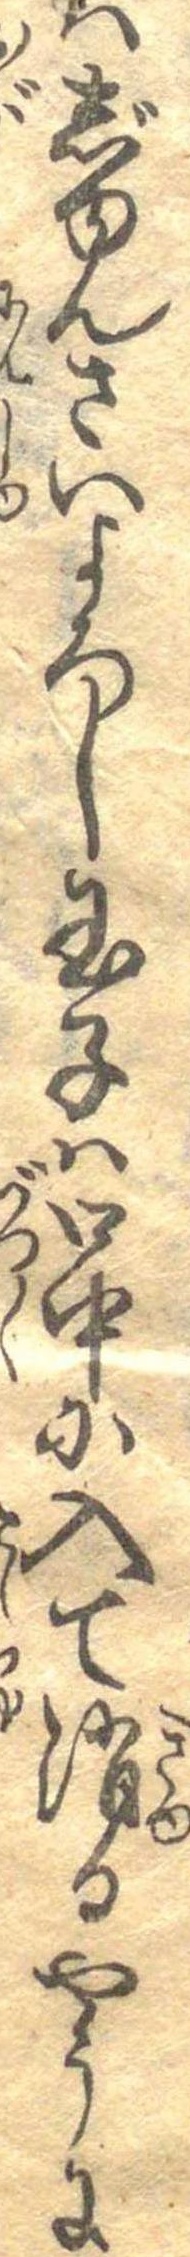
はじゆんさいよろし玉子は口中に入て消るやうに